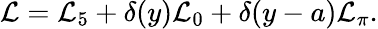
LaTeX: {\cal L}={\cal L}_{5}+\delta(y){\cal L}_{0}+\delta(y-a){\cal L}_{\pi}.